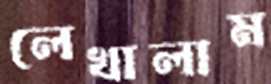
লেখালাম